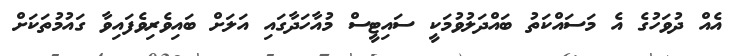
އެއް ދުވަހުގެ އެ މަސައްކަތު ބައްދަލުވުމަކީ ސައިޓީސް މުއާހަދާގައި އަލަށް ބައިވެރިވެފައިވާ ގައުމުތަކަށް